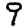
Digit: 9